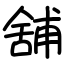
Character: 舖